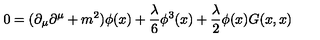
0 = ( \partial _ { \mu } \partial ^ { \mu } + m ^ { 2 } ) { \phi ( x ) } + { \frac { \lambda } { 6 } } \phi ^ { 3 } ( x ) + { \frac { \lambda } { 2 } } \phi ( x ) G ( x , x )